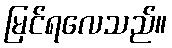
မြင်ရလေသည်။